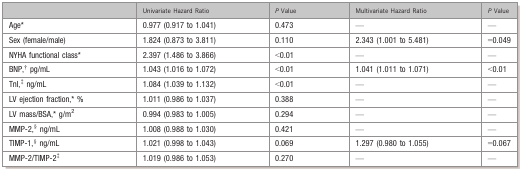
<table><thead><tr><td></td><td><b>Univariate Hazard Ratio</b></td><td><b><i>P</i> Value</b></td><td><b>Multivariate Hazard Ratio</b></td><td><b><i>P</i> Value</b></td></tr></thead><tbody><tr><td>Age*</td><td>0.977 (0.917 to 1.041)</td><td>0.473</td><td>—</td><td>—</td></tr><tr><td>Sex (female/male)</td><td>1.824 (0.873 to 3.811)</td><td>0.110</td><td>2.343 (1.001 to 5.481)</td><td>=0.049</td></tr><tr><td>NYHA functional class*</td><td>2.397 (1.486 to 3.866)</td><td>&lt;0.01</td><td>—</td><td>—</td></tr><tr><td>BNP,§ pg/mL</td><td>1.043 (1.016 to 1.072)</td><td>&lt;0.01</td><td>1.041 (1.011 to 1.071)</td><td>&lt;0.01</td></tr><tr><td>TnI,§ ng/mL</td><td>1.084 (1.039 to 1.132)</td><td>&lt;0.01</td><td>—</td><td>—</td></tr><tr><td>LV ejection fraction,* %</td><td>1.011 (0.986 to 1.037)</td><td>0.388</td><td>—</td><td>—</td></tr><tr><td>LV mass/BSA,* g/m<sup>2</sup></td><td>0.994 (0.983 to 1.005)</td><td>0.294</td><td>—</td><td>—</td></tr><tr><td>MMP‐2,§ ng/mL</td><td>1.008 (0.988 to 1.030)</td><td>0.421</td><td>—</td><td>—</td></tr><tr><td>TIMP‐1,§ ng/mL</td><td>1.021 (0.998 to 1.043)</td><td>0.069</td><td>1.297 (0.980 to 1.055)</td><td>=0.067</td></tr><tr><td>MMP‐2/TIMP‐2§</td><td>1.019 (0.986 to 1.053)</td><td>0.270</td><td>—</td><td>—</td></tr></tbody></table>